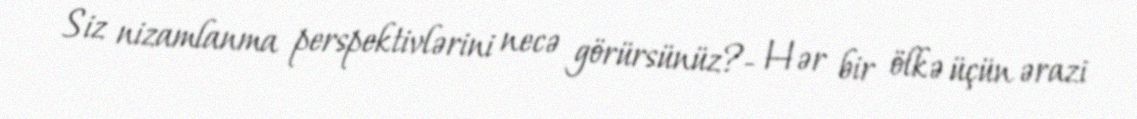
Siz nizamlanma perspektivlərini necə görürsünüz?- Hər bir ölkə üçün ərazi